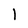
Character: l